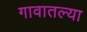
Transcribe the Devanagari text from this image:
गावातल्‍या